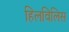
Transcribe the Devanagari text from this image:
हिलविलिस